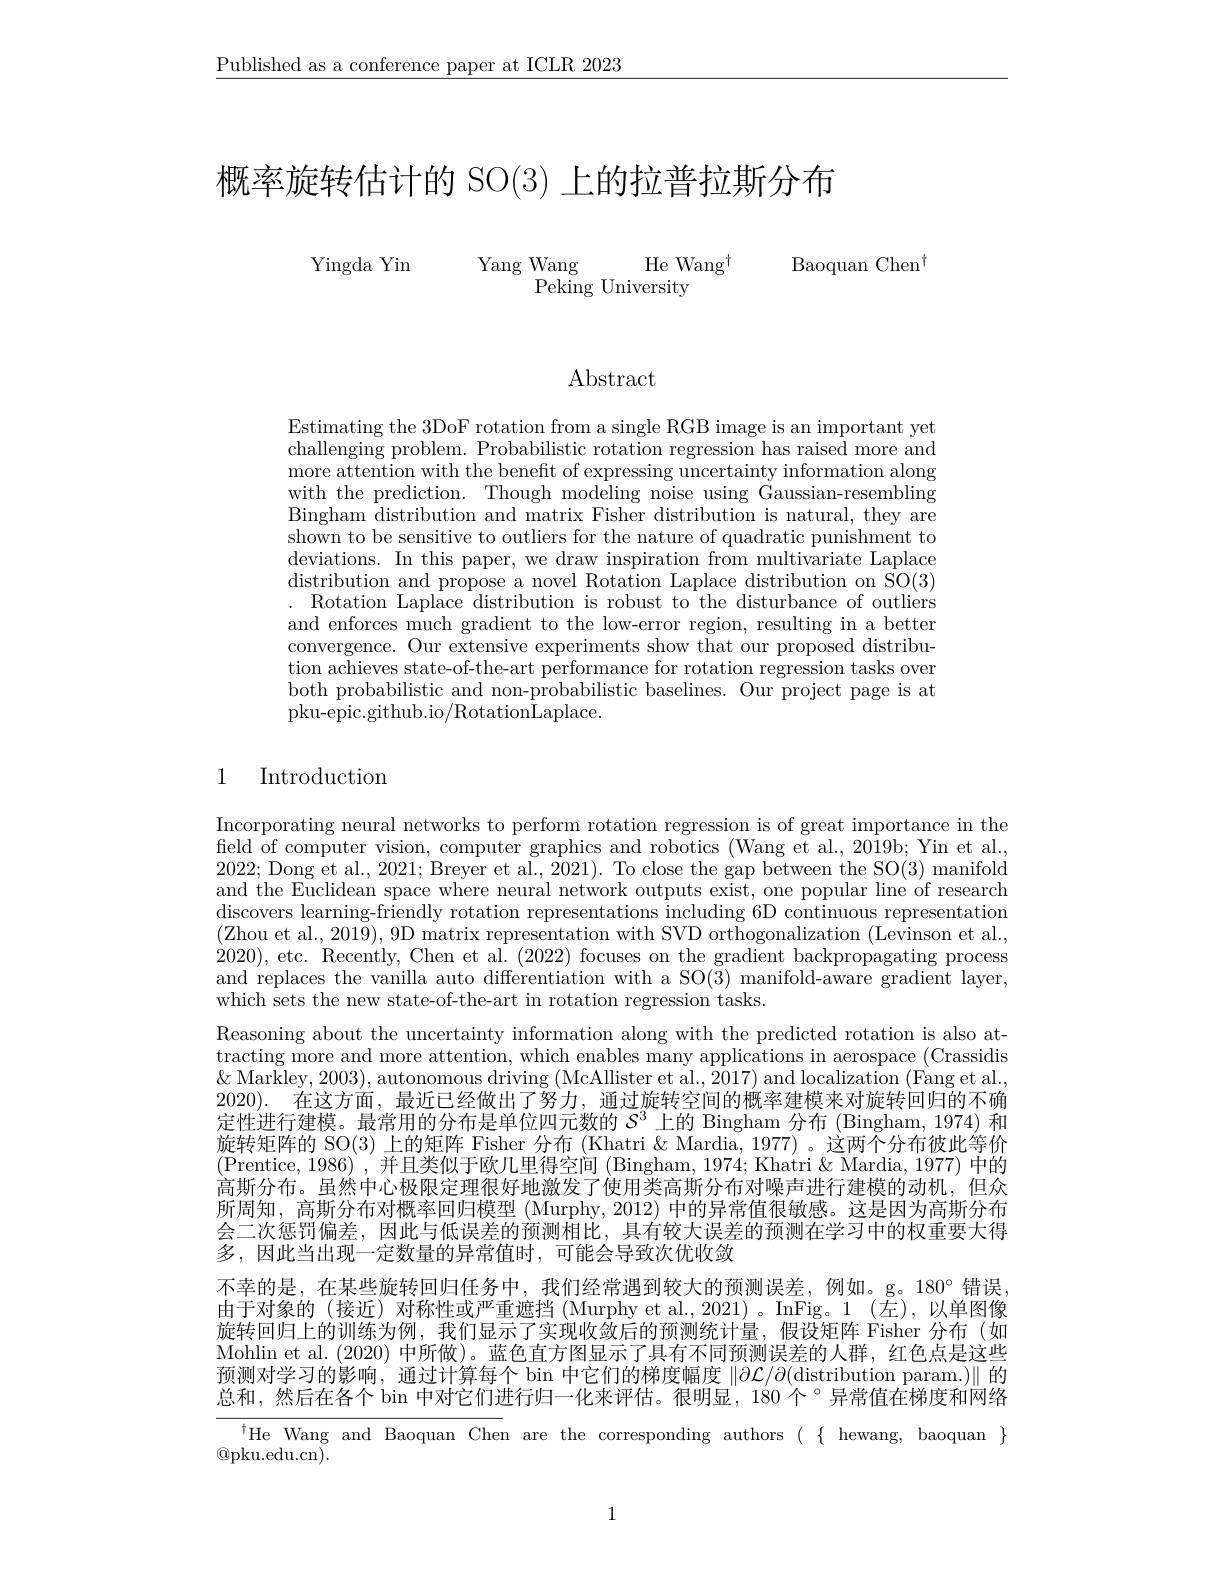
$\underline{\text{Published as a conference paper at ICLR 2023}}$

概率旋转估计的 SO(3) 上的拉普拉斯分布

Yingda Yin

Yang Wang He Wang$^{\dagger}$
$\bar{\text{Peking University}}$

Baoquan Chen$^{\dagger}$

$\operatorname{Abstract}$

Estimating the 3DoF rotation from a single RGB image is an important yet challenging problem. Probabilistic rotation regression has raised more and more attention with the beneft of expressing uncertainty information along with the prediction. Though modeling noise using Gaussian-resembling Bingham distribution and matrix Fisher distribution is natural, they are shown to be sensitive to outliers for the nature of quadratic punishment to deviations. In this paper, we draw inspiration from multivariate Laplace distribution and propose a novel Rotation Laplace distribution on SO(3) . Rotation Laplace distribution is robust to the disturbance of outliers and enforces much gradient to the low-error region, resulting in a better convergence. Our extensive experiments show that our proposed distribution achieves state-of-the-art performance for rotation regression tasks over both probabilistic and non-probabilistic baselines. Our project page is at pku-epic.github.io/RotationLaplace.

# 1 Introduction

Incorporating neural networks to perform rotation regression is of great importance in the field of computer vision, computer graphics and robotics (Wang et al., 2019b; Yin et al., 2022; Dong et al., 2021; Breyer et al., 2021). To close the gap between the SO(3) manifold and the Euclidean space where neural network outputs exist, one popular line of research discovers learning-friendly rotation representations including 6D continuous representation (Zhou et al., 2019), 9D matrix representation with SVD orthogonalization (Levinson et al., 2020), etc. Recently, Chen et al. (2022) focuses on the gradient backpropagating process and replaces the vanilla auto differentiation with a SO(3) manifold-aware gradient layer, which sets the new state-of-the-art in rotation regression tasks.
Reasoning about the uncertainty information along with the predicted rotation is also attracting more and more attention, which enables many applications in aerospace (Crassidis $\&$ Markley, 2003), autonomous driving (McAllister et al., 2017) and localization (Fang et al. 2020). 在这方面，最近已经做出了努力，通过旋转空间的概率建模来对旋转回归的不确定性进行建模。最常用的分布是单位四元数的$S^3$上的 Bingham 分布 (Bingham, 1974) 和旋转矩阵的 SO(3) 上的矩阵 Fisher 分布 (Khatri $\&$ Mardia, 1977) 。这两个分布彼此等价(Prentice,1986),并且类似于欧几里得空间 (Bingham, 1974; Khatri& Mardia, 1977) 中的高斯分布。虽然中心极限定理很好地激发了使用类高斯分布对噪声进行建模的动机，但众所周知，高斯分布对概率回归模型 (Murphy, 2012) 中的异常值很敏感。这是因为高斯分布会二次惩罚偏差，因此与低误差的预测相比，具有较大误差的预测在学习中的权重要大得多，因此当出现一定数量的异常值时，可能会导致次优收敛
不幸的是，在某些旋转回归任务中，我们经常遇到较大的预测误差，例如。g。180°错误， 由于对象的(接近)对称性或严重遮挡 (Murphy et al.,2021)。InFig。1(左),以单图像旋转回归上的训练为例，我们显示了实现收敛后的预测统计量，假设矩阵 Fisher 分布(如Mohlin et al. (2020) 中所做)。蓝色直方图显示了具有不同预测误差的人群，红色点是这些预测对学习的影响，通过计算每个 bin 中它们的梯度幅度$\|\partial\mathcal{L}/\partial($distribution param.$)\|$的总和，然后在各个 bin 中对它们进行归一化来评估。很明显，180 个 °异常值在梯度和网络
$^{\dagger}$He Wang and Baoquan Chen are the corresponding authors $( \{$hewang, baoquan$\}$

$\textcircled{\mathrm{Qpku.edu.cn}}$

1